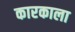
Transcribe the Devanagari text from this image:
कारकाला